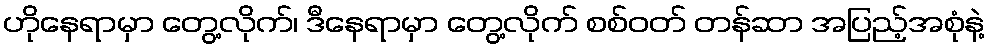
ဟိုနေရာမှာ တွေ့လိုက်၊ ဒီနေရာမှာ တွေ့လိုက် စစ်ဝတ် တန်ဆာ အပြည့်အစုံနဲ့